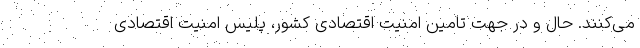
می‌کنند. حال و در جهت تامین امنیت اقتصادی کشور، پلیس امنیت اقتصادی